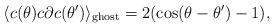
LaTeX: \begin{align*}\langle c(\theta)c\partial c(\theta')\rangle_{\mathrm{ghost}}=2(\cos (\theta-\theta')-1),\end{align*}